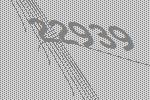
22939